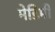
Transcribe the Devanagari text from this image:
मेडिमी